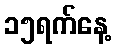
၁၅ရက်နေ့